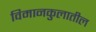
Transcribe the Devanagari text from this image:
विमानकुलातील